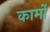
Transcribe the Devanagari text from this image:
कार्मों